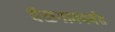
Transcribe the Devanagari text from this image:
बेळगावपर्यंत